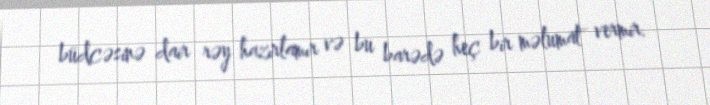
büdcəsinə dair rəy hazırlamır və bu barədə heç bir məlumat vermir.